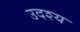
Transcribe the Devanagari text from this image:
उदश्य